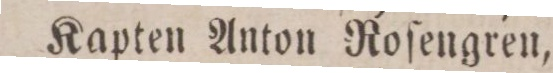
Kapten Anton Roſengren,